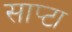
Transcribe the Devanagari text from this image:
साप्टा